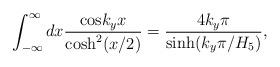
LaTeX: \begin{align*}\int_{-\infty}^\infty dx {{\rm cos}{k_y x} \over {\rm cosh}^2(x/2)} = {4 k_y \pi \over {\rm sinh} (k_y \pi/H_5)},\end{align*}